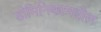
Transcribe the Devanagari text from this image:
डोमिनिकामधील